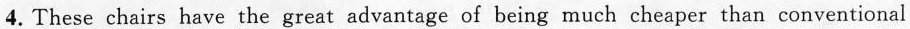
4. These chairs have the great advantage of being much cheaper than conventional